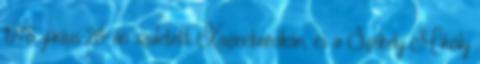
1978. június 28-án született Kazincbarcikán, és a Székely Mihály